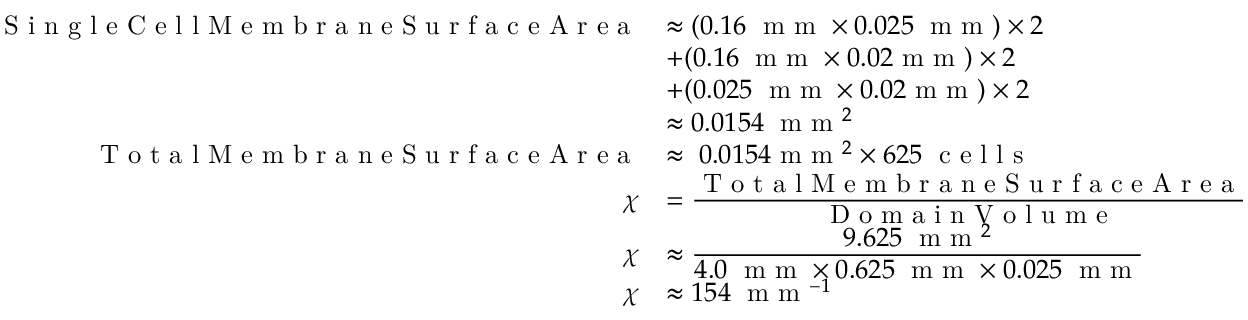
\begin{array} { r l } { \textrm { S i n g l e C e l l M e m b r a n e S u r f a c e A r e a } } & { \approx ( 0 . 1 6 \; \textrm { m m } \times 0 . 0 2 5 \; \textrm { m m } ) \times 2 } \\ & { + ( 0 . 1 6 \; \textrm { m m } \times 0 . 0 2 \textrm { m m } ) \times 2 } \\ & { + ( 0 . 0 2 5 \; \textrm { m m } \times 0 . 0 2 \textrm { m m } ) \times 2 } \\ & { \approx 0 . 0 1 5 4 \; \textrm { m m } ^ { 2 } } \\ { \textrm { T o t a l M e m b r a n e S u r f a c e A r e a } } & { \approx \; 0 . 0 1 5 4 \textrm { m m } ^ { 2 } \times 6 2 5 \; \textrm { c e l l s } } \\ { \chi } & { = \frac { \displaystyle \textrm { T o t a l M e m b r a n e S u r f a c e A r e a } } { \displaystyle \textrm { D o m a i n V o l u m e } } \; } \\ { \chi } & { \approx \frac { \displaystyle 9 . 6 2 5 \; \textrm { m m } ^ { 2 } } { \displaystyle 4 . 0 \; \textrm { m m } \times 0 . 6 2 5 \; \textrm { m m } \times 0 . 0 2 5 \; \textrm { m m } } } \\ { \chi } & { \approx 1 5 4 \; \textrm { m m } ^ { - 1 } } \end{array}